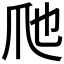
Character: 𱬶